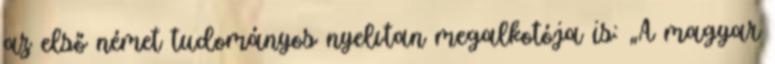
az első német tudományos nyelvtan megalkotója is: „A magyar